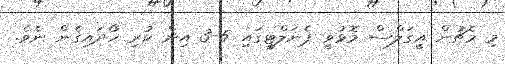
މި މެޗުން އީގަލްސް މޮޅުވީ ޕެނަލްޓީގައި 5-3 އިން ކުރި ހޯދައިގެން ނެވެ.